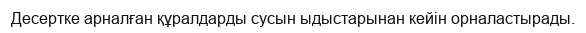
Десертке арналған құралдарды сусын ыдыстарынан кейін орналастырады.